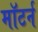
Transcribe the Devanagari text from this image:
मॉटर्न